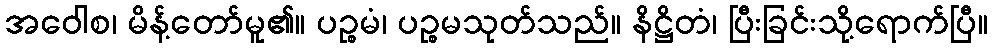
အဝေါစ၊ မိန့်တော်မူ၏။ ပဉ္စမံ၊ ပဉ္စမသုတ်သည်။ နိဋ္ဌိတံ၊ ပြီးခြင်းသို့ရောက်ပြီ။